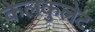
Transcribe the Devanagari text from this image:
केलकुलेट